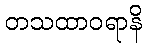
တသထာဝရာနိ